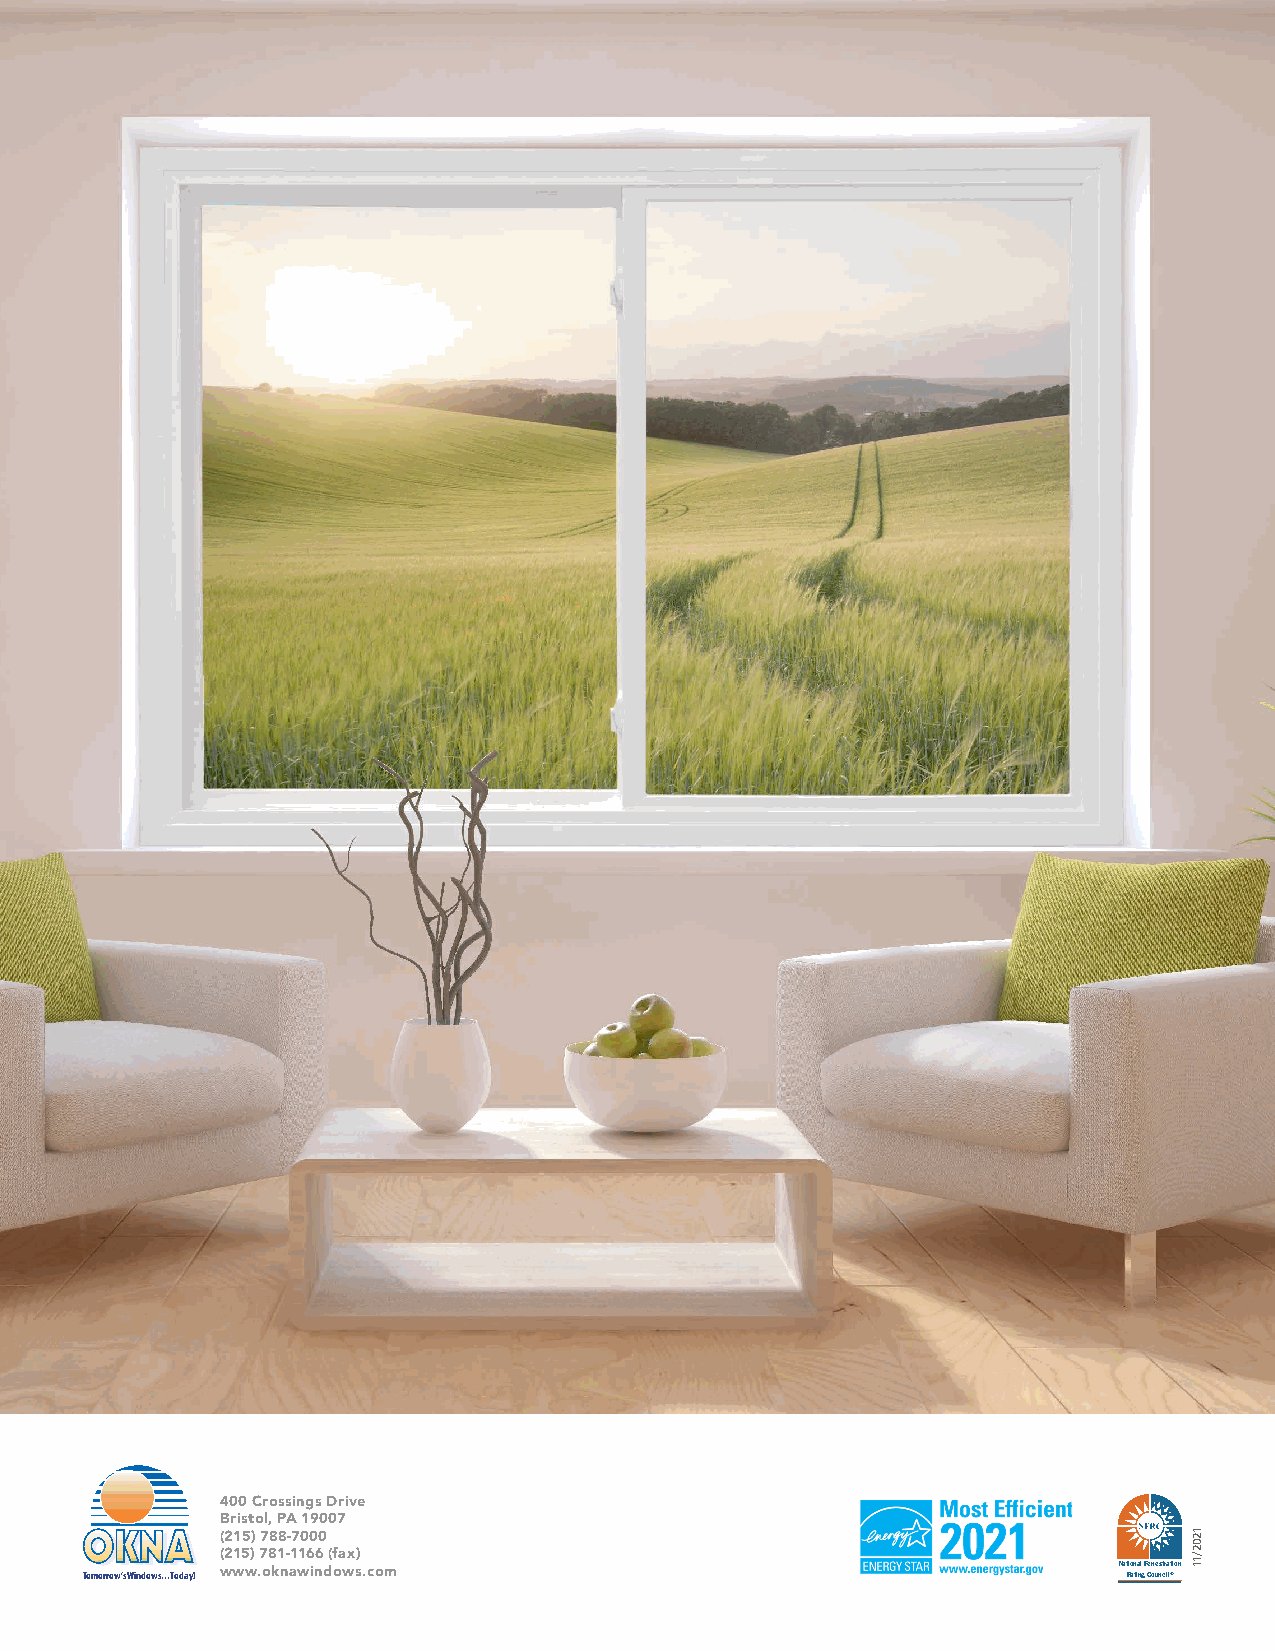
400 Crossings Drive
 Bristol, PA 19007
 (215) 788-7000
 (215) 781-1166 (fax)
 Tomorrow’s Windows... Today! www.oknawindows.com                     Nat Rio an tia nl g F Cen oe us nt cr ia l®tion
 1202/11